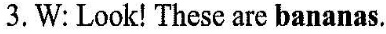
3.W：Look！These are bananas.